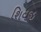
શિવજી